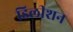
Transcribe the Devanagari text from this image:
डिलीशन